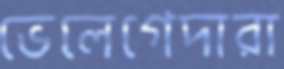
ভেলেগেদারা